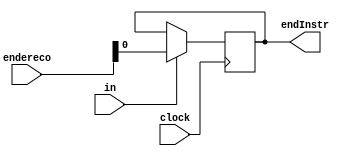
module regInstr(endereco,clock,in,endInstr);
		input [4:0] endereco;
		input clock;
		input in;
		output reg endInstr;
		always@(posedge clock)
			if(in)endInstr<=endereco;
	endmodule